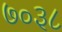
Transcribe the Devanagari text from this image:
७०३८